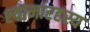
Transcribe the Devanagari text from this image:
श्यामारहस्य